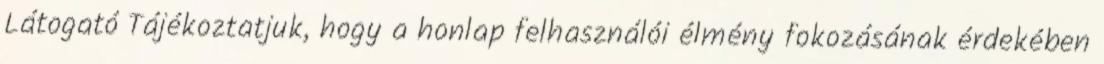
Látogató Tájékoztatjuk, hogy a honlap felhasználói élmény fokozásának érdekében